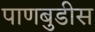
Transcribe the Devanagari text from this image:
पाणबुडीस